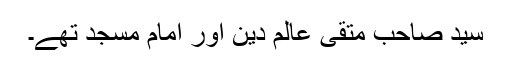
سید صاحب متقی عالمِ دین اور امام مسجد تھے۔